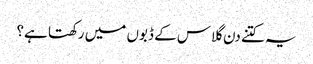
یہ کتنے دن گلاس کے ڈبوں میں رکھتا ہے؟